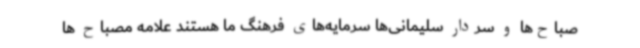
صباح‌ها و سردار سلیمانی‌ها سرمایه‌های فرهنگ ما هستند علامه مصباح ها